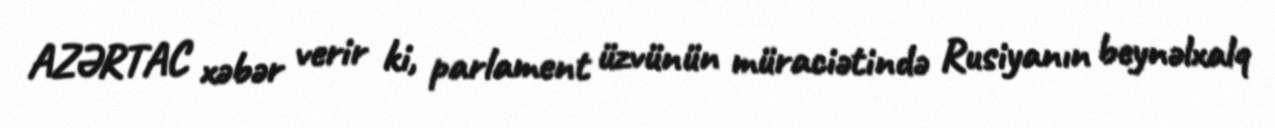
AZƏRTAC xəbər verir ki, parlament üzvünün müraciətində Rusiyanın beynəlxalq